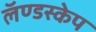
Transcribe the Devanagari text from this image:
लॅण्डस्केप